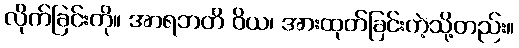
လိုက်ခြင်းကို။ အာရဘတိ ဝိယ၊ အားထုတ်ခြင်းကဲ့သို့တည်း။